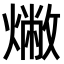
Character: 𤏰